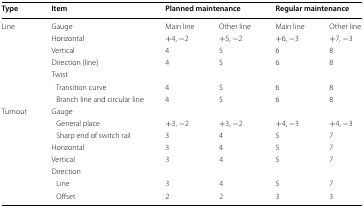
<table><thead><tr><td><b>Type</b></td><td><b>Item</b></td><td colspan="2"><b>Planned maintenance</b></td><td colspan="2"><b>Regular maintenance</b></td></tr></thead><tbody><tr><td rowspan="7">Line</td><td>Gauge</td><td>Main line</td><td>Other line</td><td>Main line</td><td>Other line</td></tr><tr><td>Horizontal</td><td>+4, −2</td><td>+5, −2</td><td>+6, −3</td><td>+7, −3</td></tr><tr><td>Vertical</td><td>4</td><td>5</td><td>6</td><td>8</td></tr><tr><td>Direction (line)</td><td>4</td><td>5</td><td>6</td><td>8</td></tr><tr><td>Twist</td><td></td><td></td><td></td><td></td></tr><tr><td> Transition curve</td><td>4</td><td>5</td><td>6</td><td>8</td></tr><tr><td> Branch line and circular line</td><td>4</td><td>5</td><td>6</td><td>8</td></tr><tr><td rowspan="8">Turnout</td><td>Gauge</td><td></td><td></td><td></td><td></td></tr><tr><td> General place</td><td>+3, −2</td><td>+3, −2</td><td>+4, −3</td><td>+4, −3</td></tr><tr><td> Sharp end of switch rail</td><td>3</td><td>4</td><td>5</td><td>7</td></tr><tr><td>Horizontal</td><td>3</td><td>4</td><td>5</td><td>7</td></tr><tr><td>Vertical</td><td>3</td><td>4</td><td>5</td><td>7</td></tr><tr><td>Direction</td><td></td><td></td><td></td><td></td></tr><tr><td> Line</td><td>3</td><td>4</td><td>5</td><td>7</td></tr><tr><td> Offset</td><td>2</td><td>2</td><td>3</td><td>3</td></tr></tbody></table>